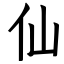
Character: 仙